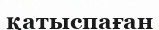
қатыспаған